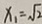
x _ { 1 } = \sqrt { 2 }